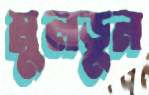
মুলডুন